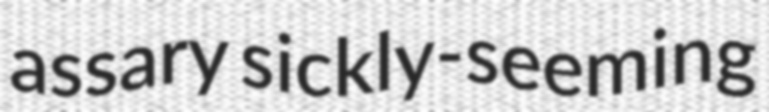
assary sickly-seeming